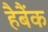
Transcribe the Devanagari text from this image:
हैबैंक